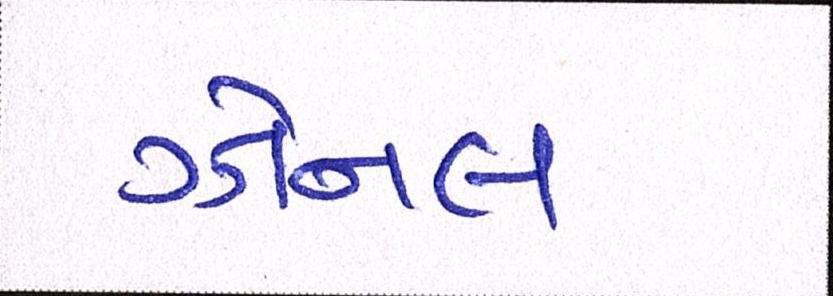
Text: ઝોનલ